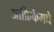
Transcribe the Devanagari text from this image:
आफ्रिकेमधे